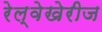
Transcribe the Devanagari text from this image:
रेल्वेखेरीज